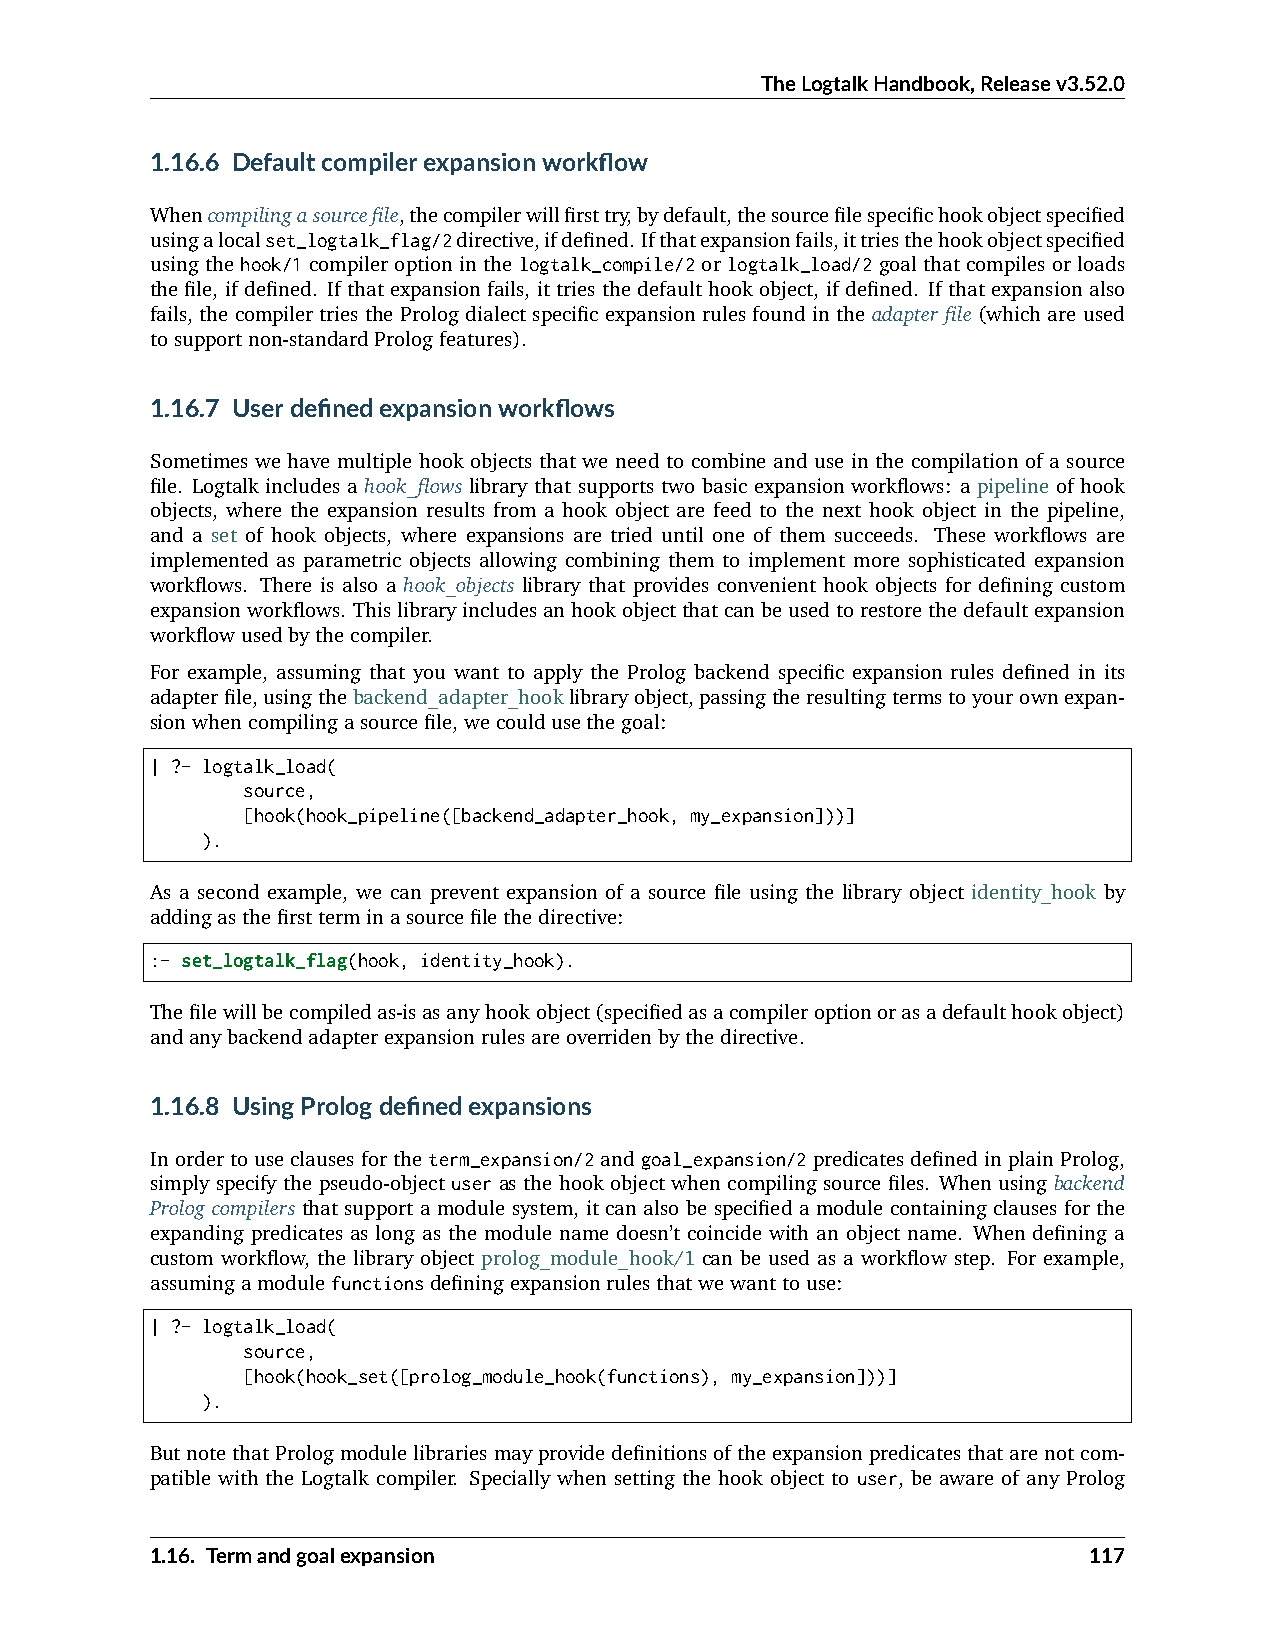
TheLogtalkHandbook,Releasev3.52.0
 1.16.6 Defaultcompilerexpansionworkflow
 Whencompilingasourcefile,thecompilerwillfirsttry,bydefault,thesourcefilespecifichookobjectspecified
 usingalocalset_logtalk_flag/2directive,ifdefined. Ifthatexpansionfails,ittriesthehookobjectspecified
 using the hook/1 compiler option in the logtalk_compile/2 or logtalk_load/2 goal that compiles or loads
 the file, if defined. If that expansion fails, it tries the default hook object, if defined. If that expansion also
 fails, the compiler tries the Prolog dialect specific expansion rules found in the adapter file (which are used
 tosupportnon-standardPrologfeatures).
 1.16.7 Userdefinedexpansionworkflows
 Sometimes we have multiple hook objects that we need to combine and use in the compilation of a source
 file. Logtalk includes a hook_flows library that supports two basic expansion workflows: a pipeline of hook
 objects, where the expansion results from a hook object are feed to the next hook object in the pipeline,
 and a set of hook objects, where expansions are tried until one of them succeeds. These workflows are
 implemented as parametric objects allowing combining them to implement more sophisticated expansion
 workflows. There is also a hook_objects library that provides convenient hook objects for defining custom
 expansionworkflows. Thislibraryincludesanhookobjectthatcanbeusedtorestorethedefaultexpansion
 workflowusedbythecompiler.
 For example, assuming that you want to apply the Prolog backend specific expansion rules defined in its
 adapterfile,usingthebackend_adapter_hooklibraryobject,passingtheresultingtermstoyourownexpan-
 sionwhencompilingasourcefile,wecouldusethegoal:
 | ?- logtalk_load(
 source,
 [hook(hook_pipeline([backend_adapter_hook, my_expansion]))]
 ).
 As a second example, we can prevent expansion of a source file using the library object identity_hook by
 addingasthefirstterminasourcefilethedirective:
 :- set_logtalk_flag(hook, identity_hook).
 Thefilewillbecompiledas-isasanyhookobject(specifiedasacompileroptionorasadefaulthookobject)
 andanybackendadapterexpansionrulesareoverridenbythedirective.
 1.16.8 UsingPrologdefinedexpansions
 Inordertouseclausesfortheterm_expansion/2andgoal_expansion/2predicatesdefinedinplainProlog,
 simply specify the pseudo-object user as the hook object when compiling source files. When using backend
 Prolog compilers that support a module system, it can also be specified a module containing clauses for the
 expanding predicates as long as the module name doesn’t coincide with an object name. When defining a
 custom workflow, the library object prolog_module_hook/1 can be used as a workflow step. For example,
 assumingamodulefunctionsdefiningexpansionrulesthatwewanttouse:
 | ?- logtalk_load(
 source,
 [hook(hook_set([prolog_module_hook(functions), my_expansion]))]
 ).
 ButnotethatPrologmodulelibrariesmayprovidedefinitionsoftheexpansionpredicatesthatarenotcom-
 patible with the Logtalk compiler. Specially when setting the hook object to user, be aware of any Prolog
 1.16. Termandgoalexpansion                                    117